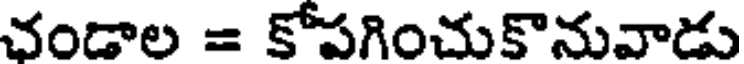
చండాల = కోపగించుకొనువాడు